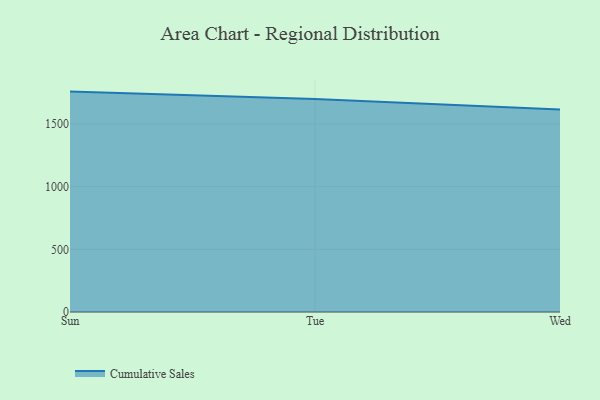
{"axis": {"x": "Day", "y": "Demand Index"}, "legend": ["Cumulative Sales"], "data": [{"x": "Sun", "y": 1758.3, "type": "Cumulative Sales"}, {"x": "Tue", "y": 1698.4, "type": "Cumulative Sales"}, {"x": "Wed", "y": 1616.0, "type": "Cumulative Sales"}]}